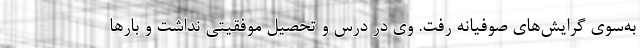
به‌سوی گرایش‌های صوفیانه رفت. وی در درس و تحصیل موفقیتی نداشت و بارها